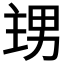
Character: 𭻙